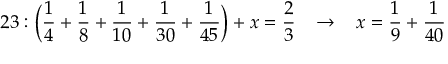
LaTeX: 2 3 : { \bigg ( } { \frac { 1 } { 4 } } + { \frac { 1 } { 8 } } + { \frac { 1 } { 1 0 } } + { \frac { 1 } { 3 0 } } + { \frac { 1 } { 4 5 } } { \bigg ) } + x = { \frac { 2 } { 3 } } \; \; \; \rightarrow \; \; \; x = { \frac { 1 } { 9 } } + { \frac { 1 } { 4 0 } }